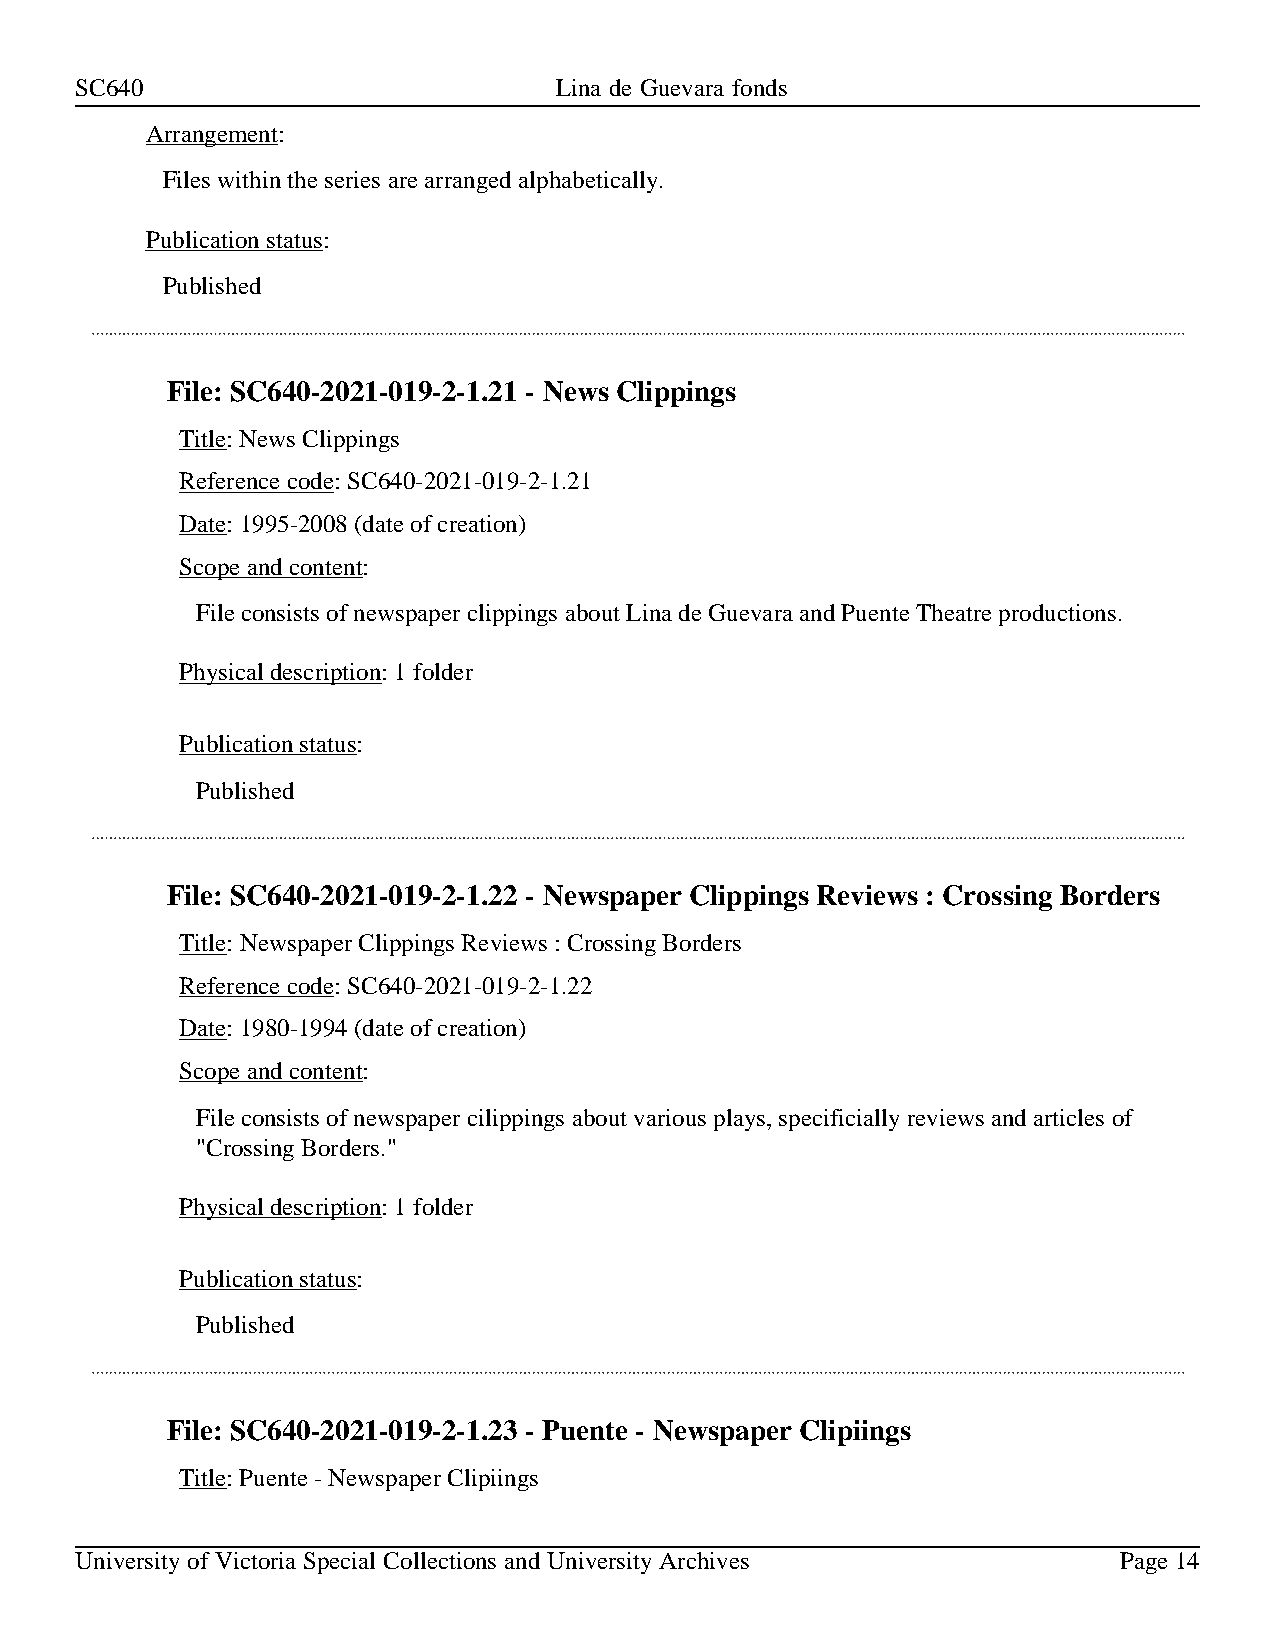
SC640                           Lina de Guevara fonds
 Arrangement:
 Files within the series are arranged alphabetically.
 Publication status:
 Published
 File: SC640-2021-019-2-1.21 - News Clippings
 Title: News Clippings
 Reference code: SC640-2021-019-2-1.21
 Date: 1995-2008 (date of creation)
 Scope and content:
 File consists of newspaper clippings about Lina de Guevara and Puente Theatre productions.
 Physical description: 1 folder
 Publication status:
 Published
 File: SC640-2021-019-2-1.22 - Newspaper Clippings Reviews : Crossing Borders
 Title: Newspaper Clippings Reviews : Crossing Borders
 Reference code: SC640-2021-019-2-1.22
 Date: 1980-1994 (date of creation)
 Scope and content:
 File consists of newspaper cilippings about various plays, specificially reviews and articles of
 "Crossing Borders."
 Physical description: 1 folder
 Publication status:
 Published
 File: SC640-2021-019-2-1.23 - Puente - Newspaper Clipiings
 Title: Puente - Newspaper Clipiings
 University of Victoria Special Collections and University Archives   Page 14